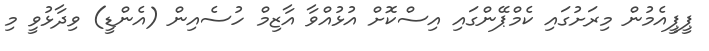
ޕީޕީއެމުން މިރަށުގައި ކެމްޕޭންގައި އިސްކޮށް އުޅުއްވާ އާޒިމް ހުސެއިން (އެންޑީ) ވިދާޅުވީ މި